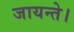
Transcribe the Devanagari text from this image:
जायन्ते।